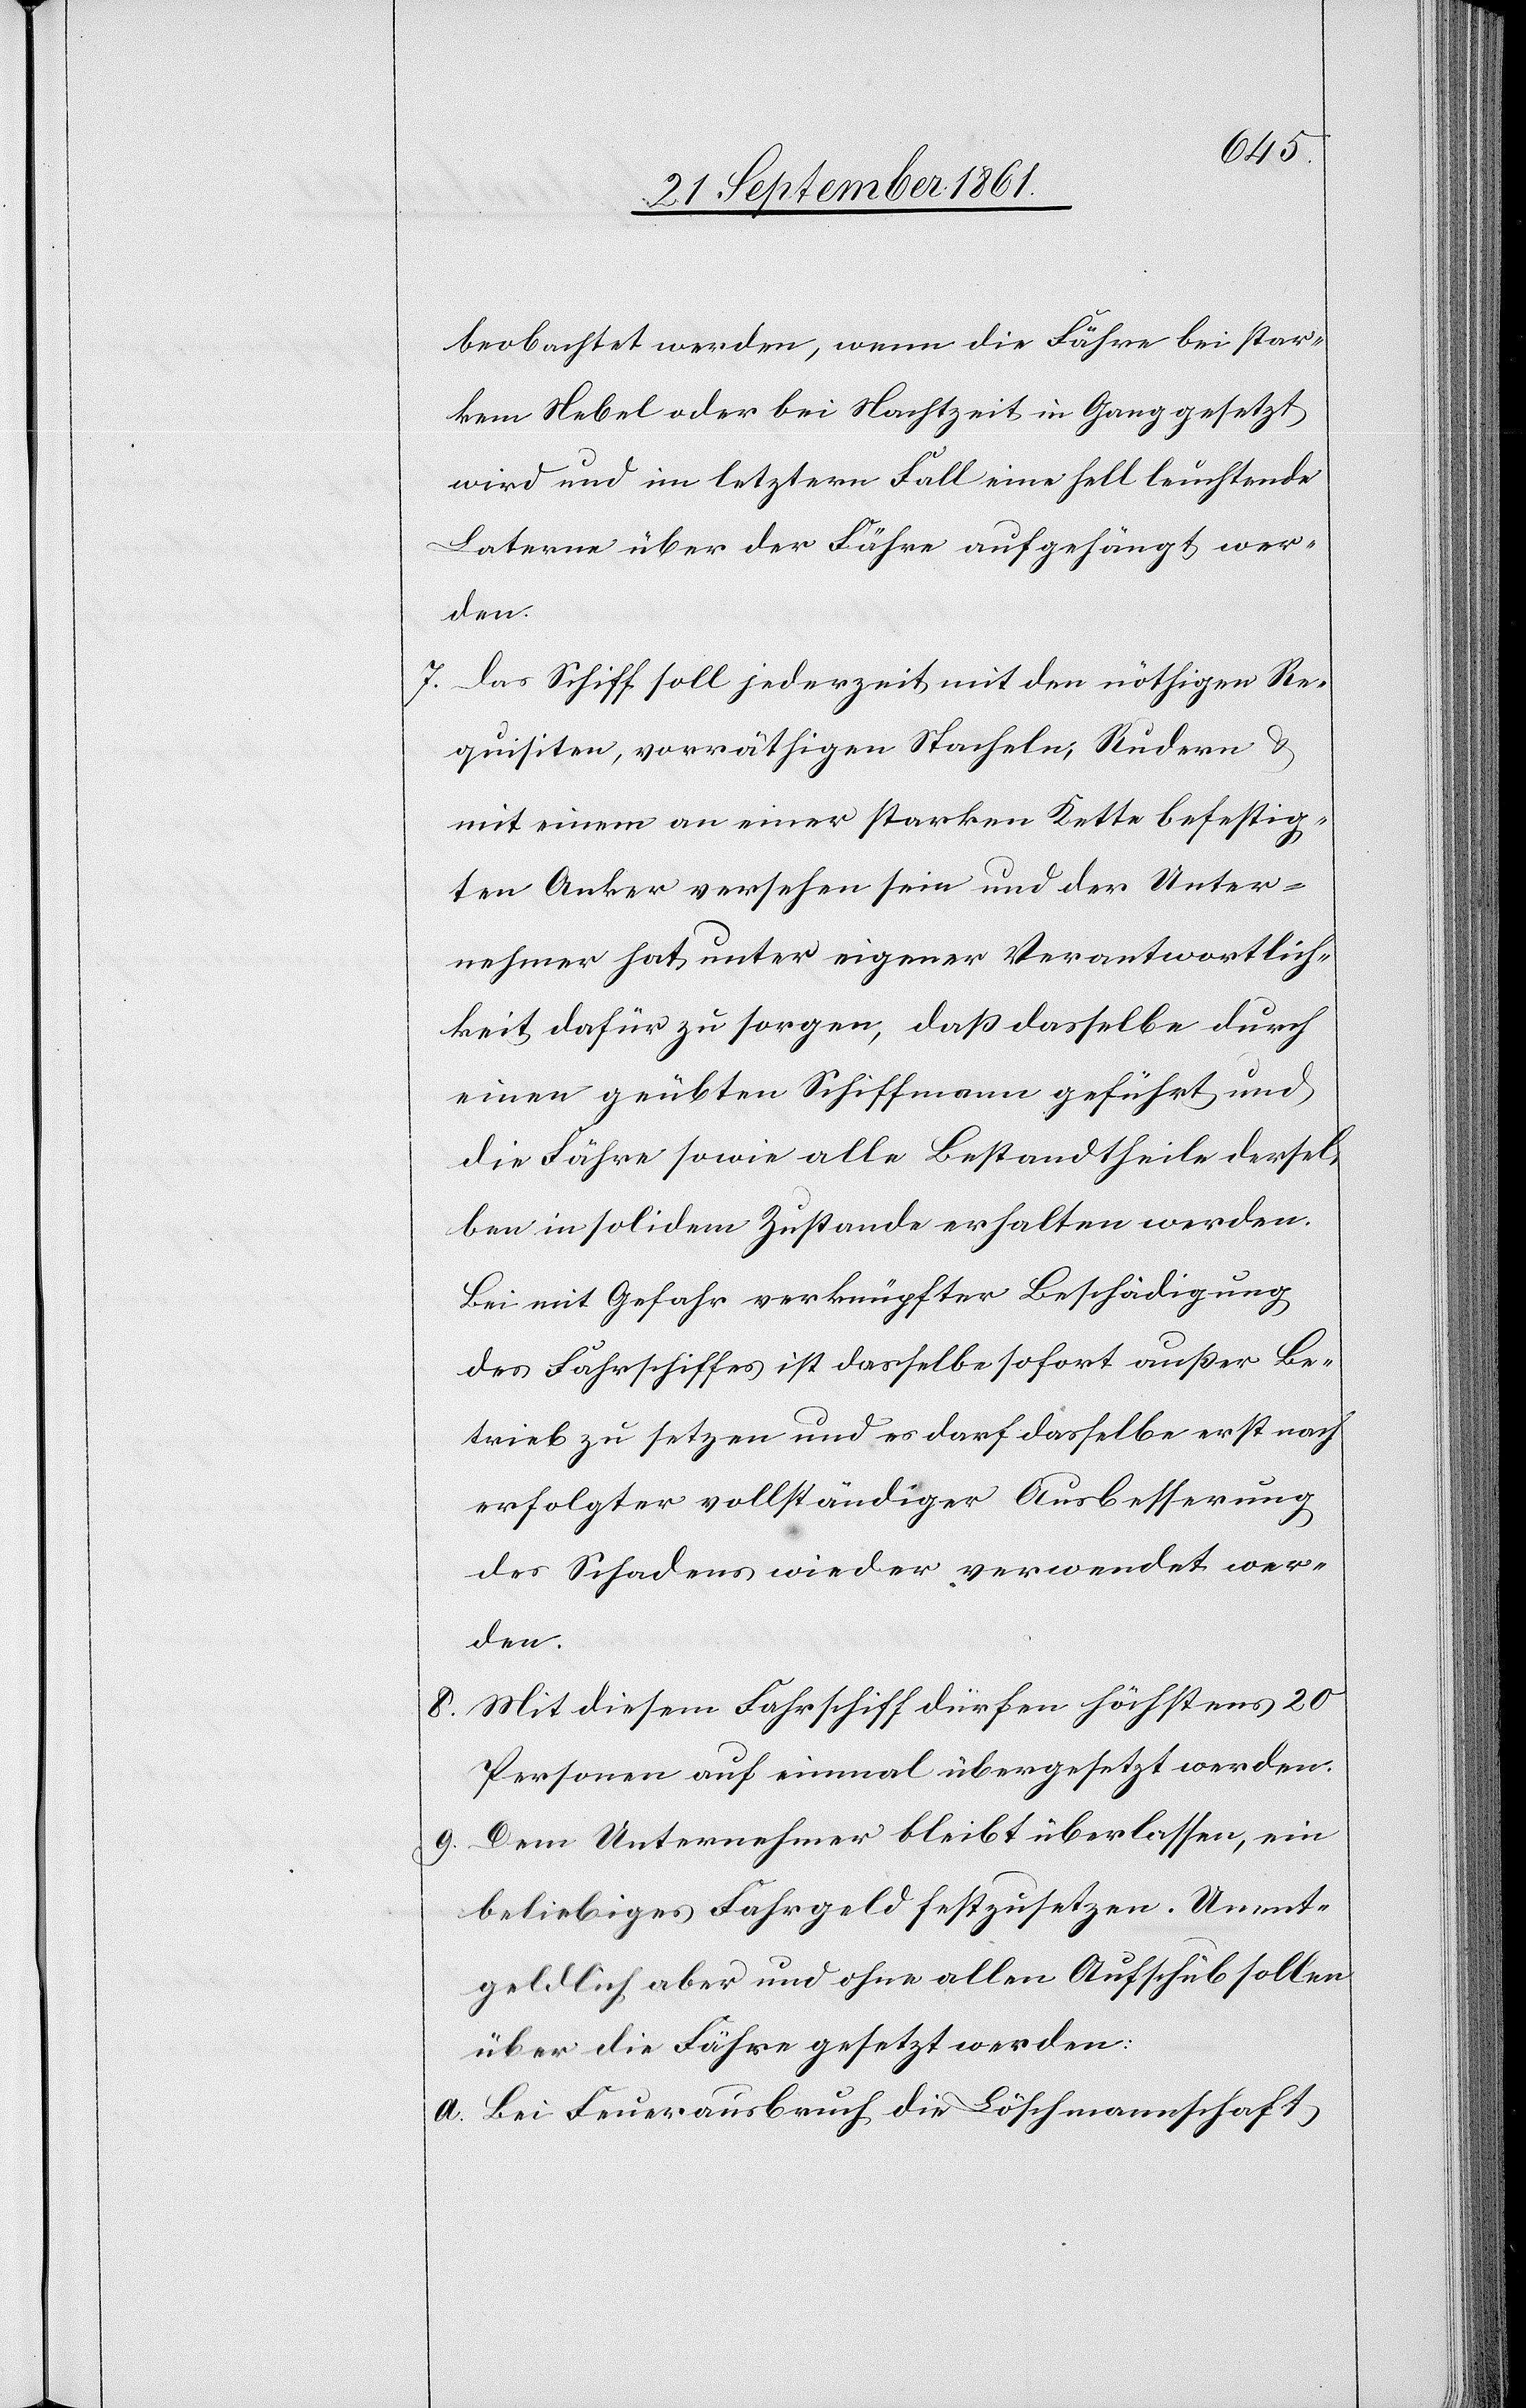
beobachtet werden, wenn die Fähre bei star¬
kem Nebel oder bei Nachtzeit in Gang gesetzt
wird und im letztern Fall eine hell leuchtende
Laterne über der Fähre aufgehängt wer¬
den.
7. Das Schiff soll jederzeit mit den nöthigen Re¬
quisiten, vorräthigen Stacheln, Rudern u.
mit einem an einer starken Kette befestig¬
ten Anker versehen sein und der Unter¬
nehmer hat unter eigener Verantwortlich¬
keit dafür zu sorgen, daß dasselbe durch
einen geübten Schiffmann geführt und
die Fähre sowie alle Bestandtheile dersel¬
ben in solidem Zustande erhalten werden.
Bei mit Gefahr verknüpfter Beschädigung
des Fahrschiffes ist dasselbe sofort außer Be¬
trieb zu setzen und es darf dasselbe erst nach
erfolgter vollständiger Ausbesserung
des Schadens wieder verwendet wer¬
den.
8. Mit diesem Fahrschiff dürfen höchstens 20
Personen auf einmal übergesetzt werden.
9. Dem Unternehmer bleibt überlassen, ein
beliebiges Fahrgeld festzusetzen. Unent¬
geldlich aber und ohne allen Aufschub sollen
über die Fähre gesetzt werden:
a. Bei Feuerausbruch die Löschmannschaft,